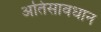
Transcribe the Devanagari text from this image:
अतिसावधान